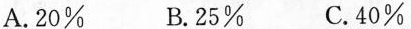
A.20\% B.25\% C.40\%